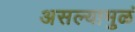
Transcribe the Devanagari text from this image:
असल्यामुळं